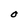
Character: O